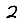
Digit: 2